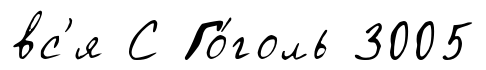
вс'я С Го́голь 3005